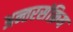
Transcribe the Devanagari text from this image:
अन्तरसंक्रिय